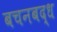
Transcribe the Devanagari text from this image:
बचनबद्ध